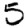
Digit: 5